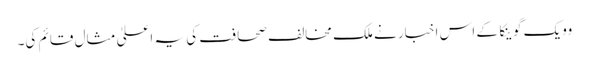
وویک گوینکا کے اس اخبار نے ملک مخالف صحافت کی یہ اعلیٰ مثال قائم کی۔